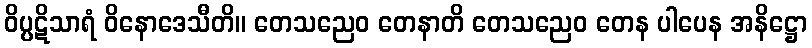
ဝိပ္ပဋိသာရံ ဝိနောဒေသီတိ။ တေသညေဝ တေနာတိ တေသညေဝ တေန ပါပေန အနိဋ္ဌော